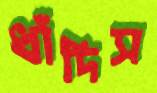
ধাঁদিস